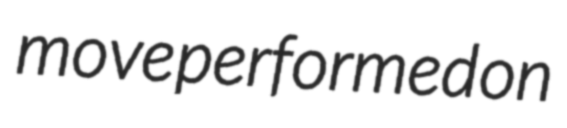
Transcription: move performed on